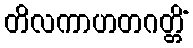
တိလကာဟတဂတ္တိံ